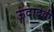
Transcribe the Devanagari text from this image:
ऊदादेवी